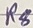
Text: R8